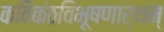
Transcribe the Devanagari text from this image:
कविकंठविभूषणार्थम्